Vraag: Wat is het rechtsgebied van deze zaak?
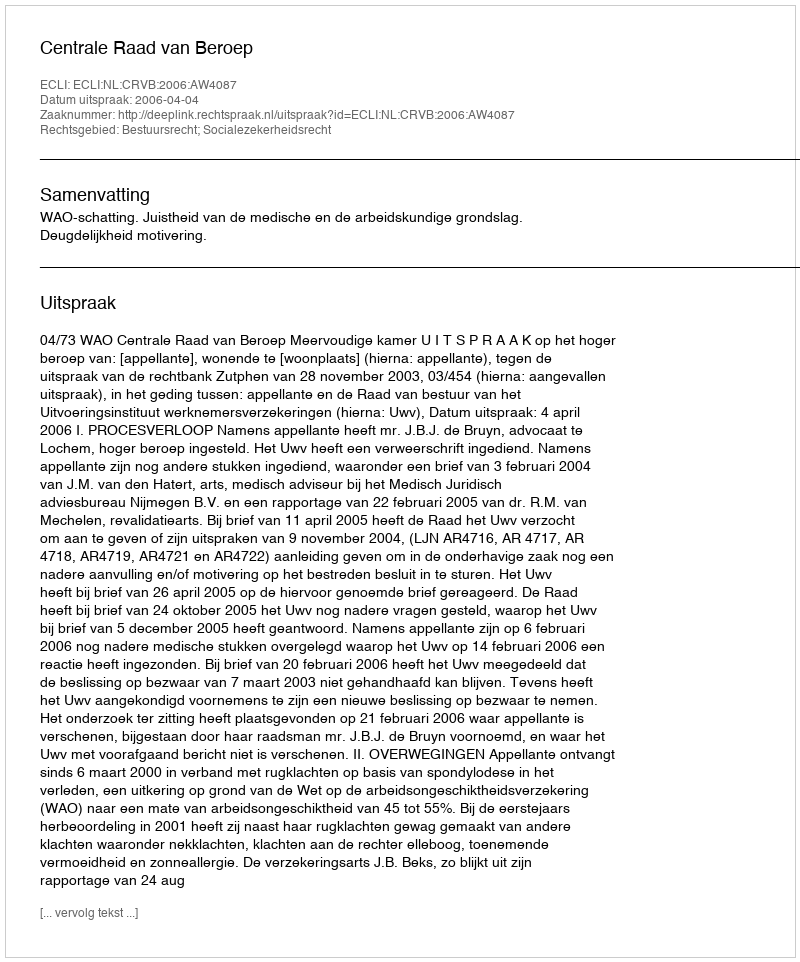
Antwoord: Bestuursrecht; Socialezekerheidsrecht